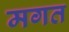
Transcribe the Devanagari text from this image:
मगत